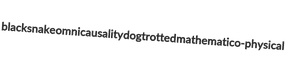
blacksnake omnicausality dogtrotted mathematico-physical